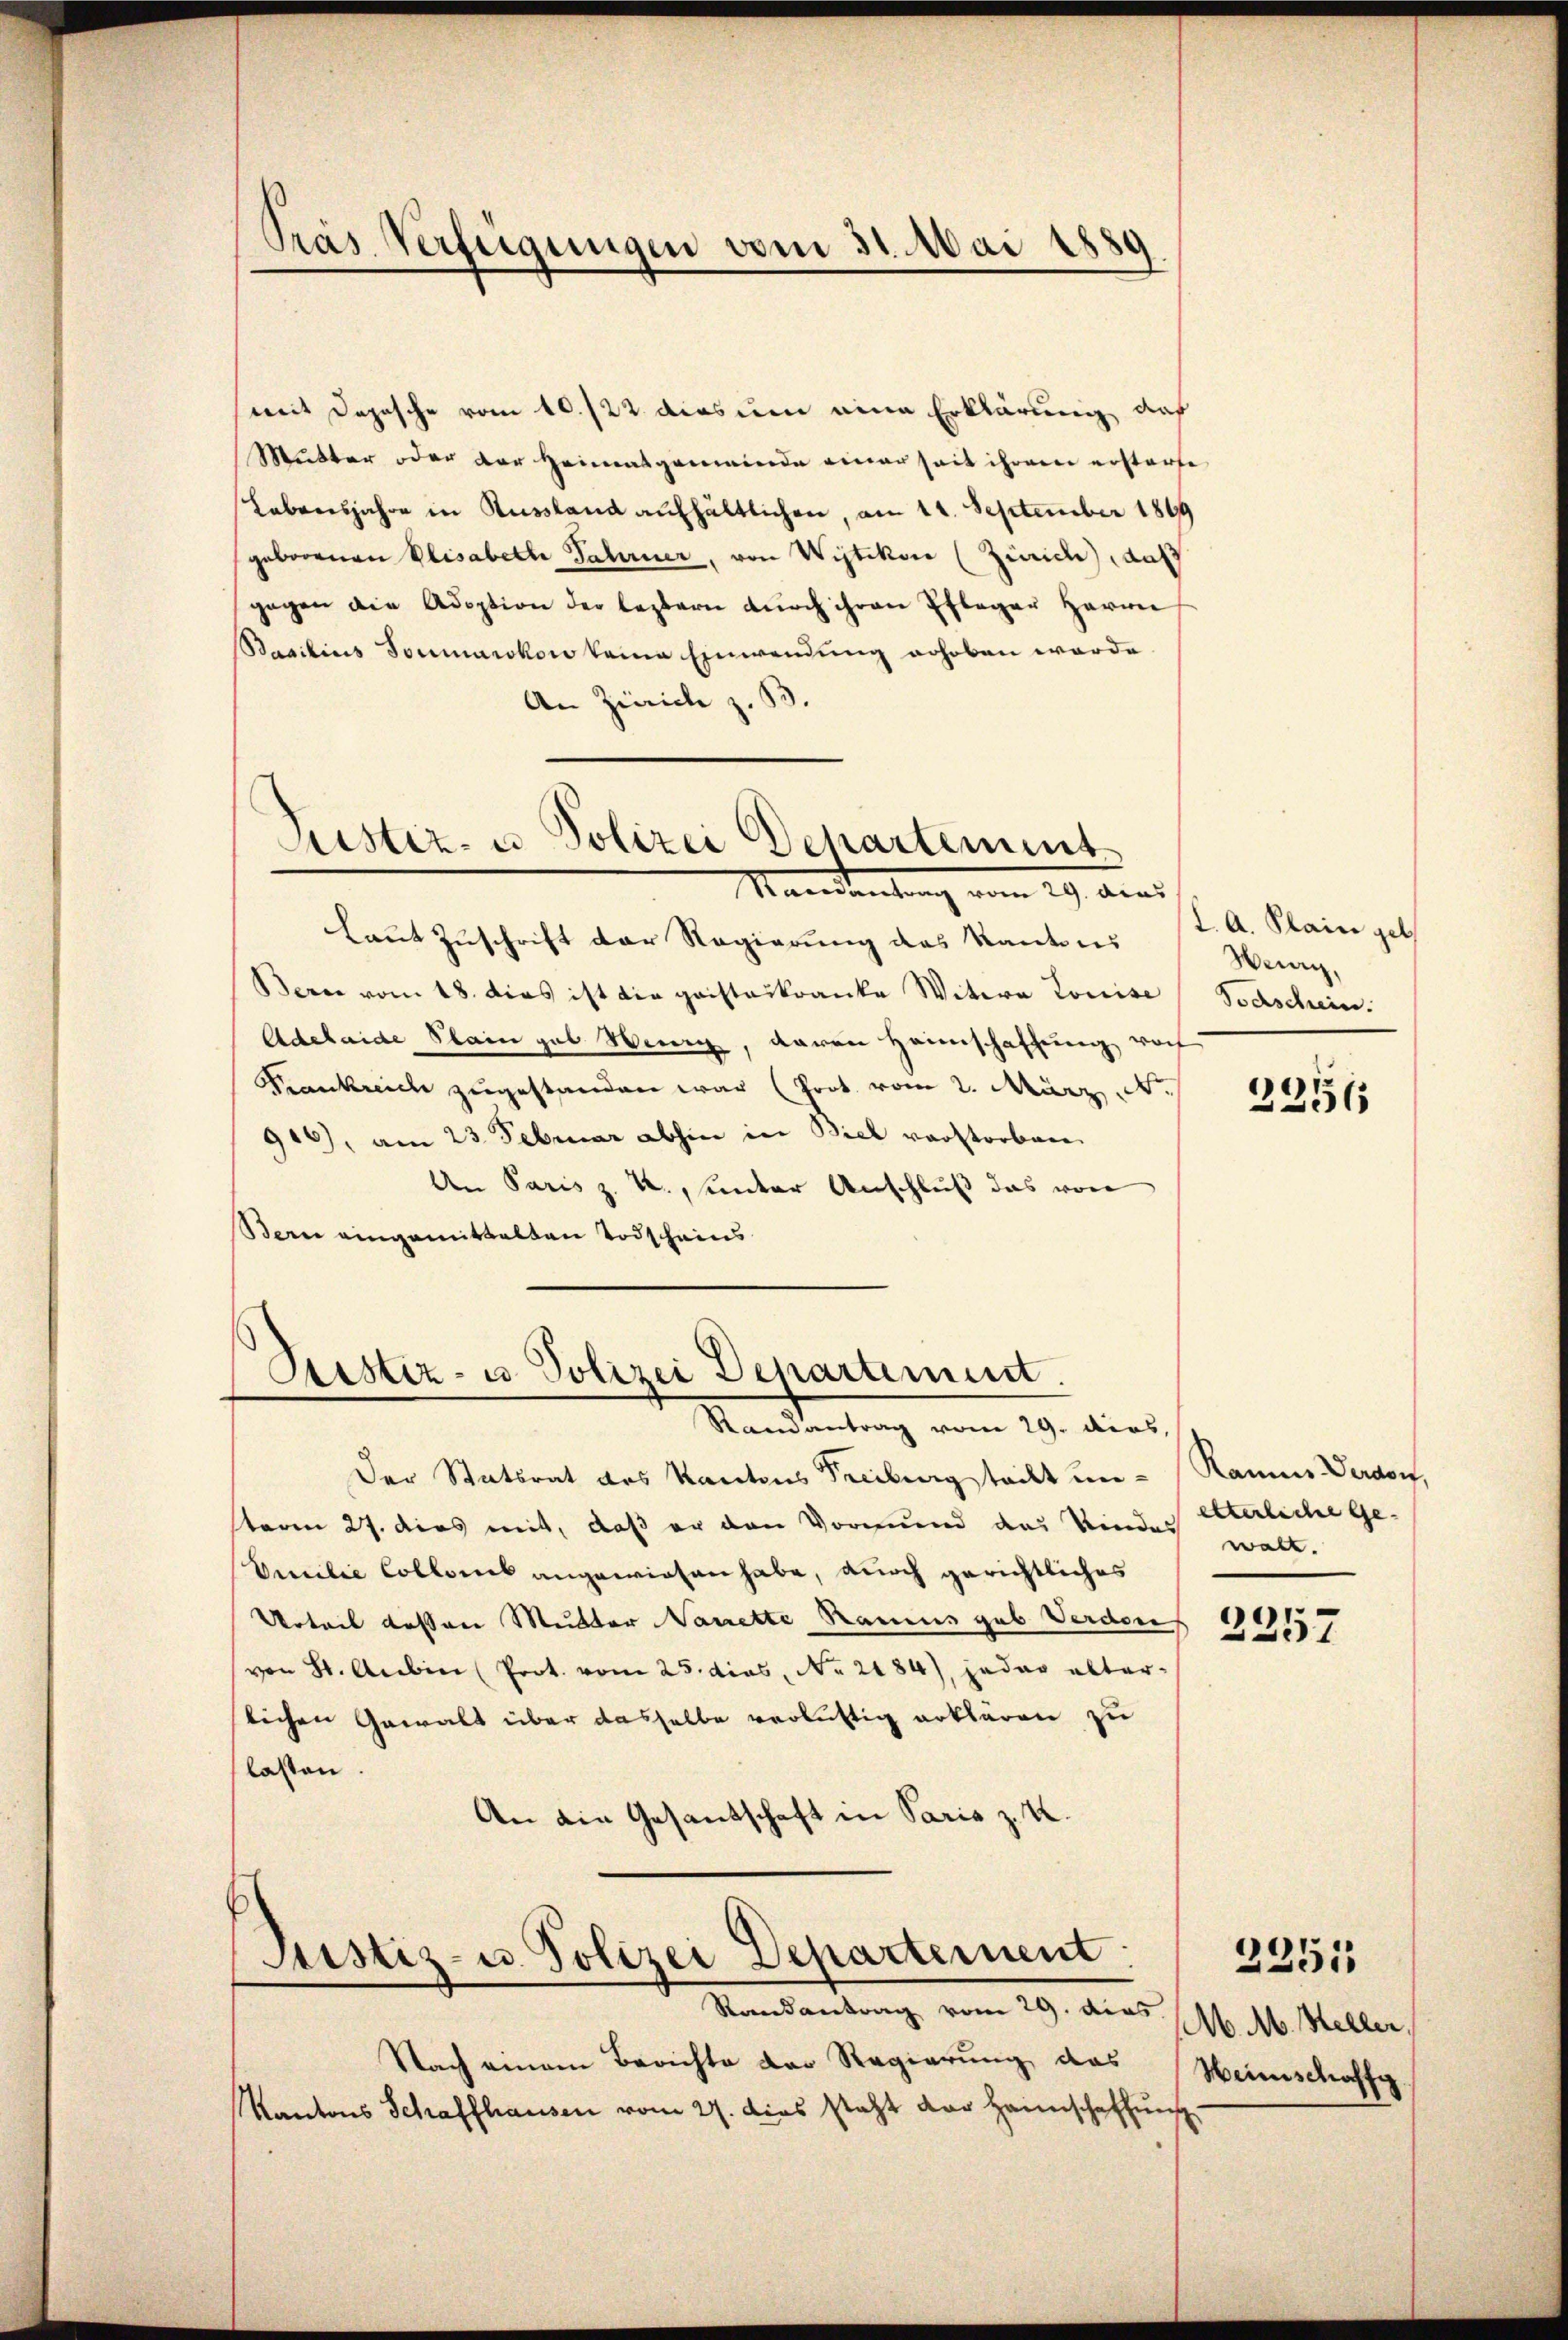
Pras Verfügungen vom 31. Mai 1889

mit Depesche vom 10./22. dies um eine Erklärung auf
Mutter oder der Heimatgemeinde einer seit ihrem erstorfe
Labensjahre in Russland aufhältlichen, am 11. September 1899
geborenen Elisabeth Sahrner, von Wistikon (Zürich, daß
gegen die Adoption der leztern dŭrch ihren Pfleger Herrn
Basilias Tonmarckow keine Einwendung erhoben werde
An Zürich z. B.
Mandantung vom 29. dies
Laut Zuschrift der Regierung des Kantons st. A. Klain gel
Bern vom 18. dies ist die gaisteskranke Witere Louise Vorschein.
Adehaide Plain geb. Wenig, davon Heimschaffung vorh
Frankreich zugestanden war (Prot. vom 2. März d.
910), am 23. Februar abhin in Biel verstorben.
An Paris z. R., unter Anschluß das von
Bern eingemittelten Todscheins

Puster- u Polizei Departement

Ramantrag vom 29. dies
Der Statsrat des Kantons Freiburgstadt un- Raume Verdorf,
sterm 27. dies mit, daß er den Vormund des Kinder Elterliche Ge¬
Emilie Collons angewiesen habe, durch gerichtliches
Urteil dessen Mutter Nanette Ramus gab Verdorf
von St. Aubin (Prot. vom 25. dies, No. 2184), jeder alterslichen Gewalt über dasselbe verläuftig erklären zu
lasten.
An die Gesandschaft in Paris z. K.

Sistiz- u. Polizei Departement.

Justiz- u. Polizei Departement.
Randantrag vom 29. dies

Nach einem Berichte der Regierung das
Kantons Schaffhausen vom 27. Dies steht der Heimschaffung

Heury,

2356

walt.

2257

M. M. Heller,
Weinschaffg

2251